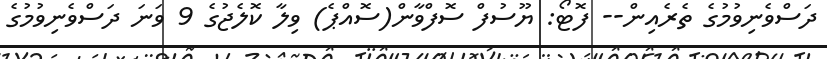
ދަސްވެނިވުމުގެ ތެރެއިން-- ފޮޮޓޯ: ޔޫސުފް ސޮފްވާން(ސޮއްޕެ) ވިލާ ކޮލެޖުގެ 9 ވަނަ ދަސްވެނިވުމުގެ